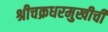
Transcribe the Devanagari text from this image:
श्रीचक्रधरमुखीची